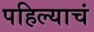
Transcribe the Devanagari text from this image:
पहिल्याचं